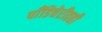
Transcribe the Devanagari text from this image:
पाँडिचेरीतही